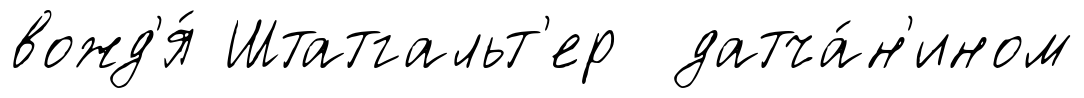
вожд'я́ Штатгальт'ер датча́н'ином